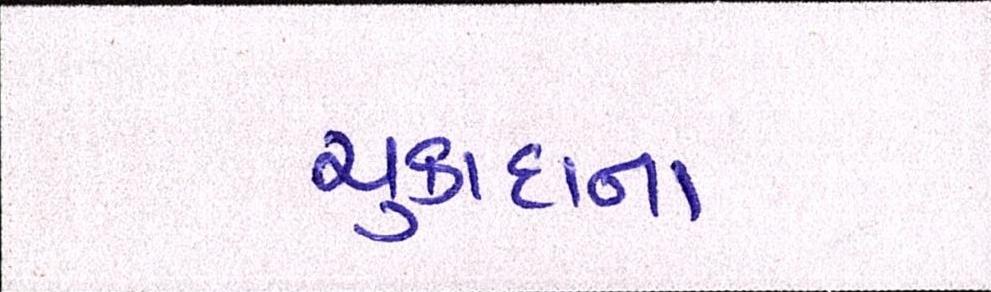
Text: ચુકાદાના